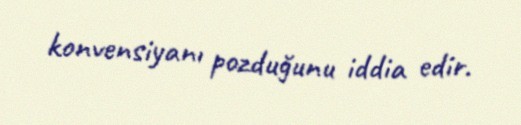
konvensiyanı pozduğunu iddia edir.